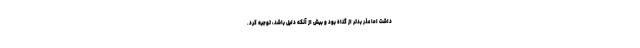
داشت اما عذر بدتر از گناه بود و بیش از آنکه دلیل باشد، توجیه کرد.